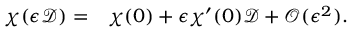
\begin{array} { r l } { \chi ( \epsilon \mathcal { D } ) = } & { { } \chi ( 0 ) + \epsilon \chi ^ { \prime } ( 0 ) \mathcal { D } + \mathcal { O } ( \epsilon ^ { 2 } ) . } \end{array}